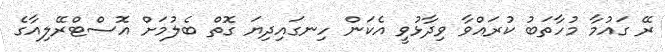
ރޭ ގައުމާ މުހާތަބު ކުރައްވާ ވިދާޅުވީ އެކަން ހިނގައިދިޔަ ގޮތް ބެލުމަށް އޮސްޓްރޭލިއާގެ